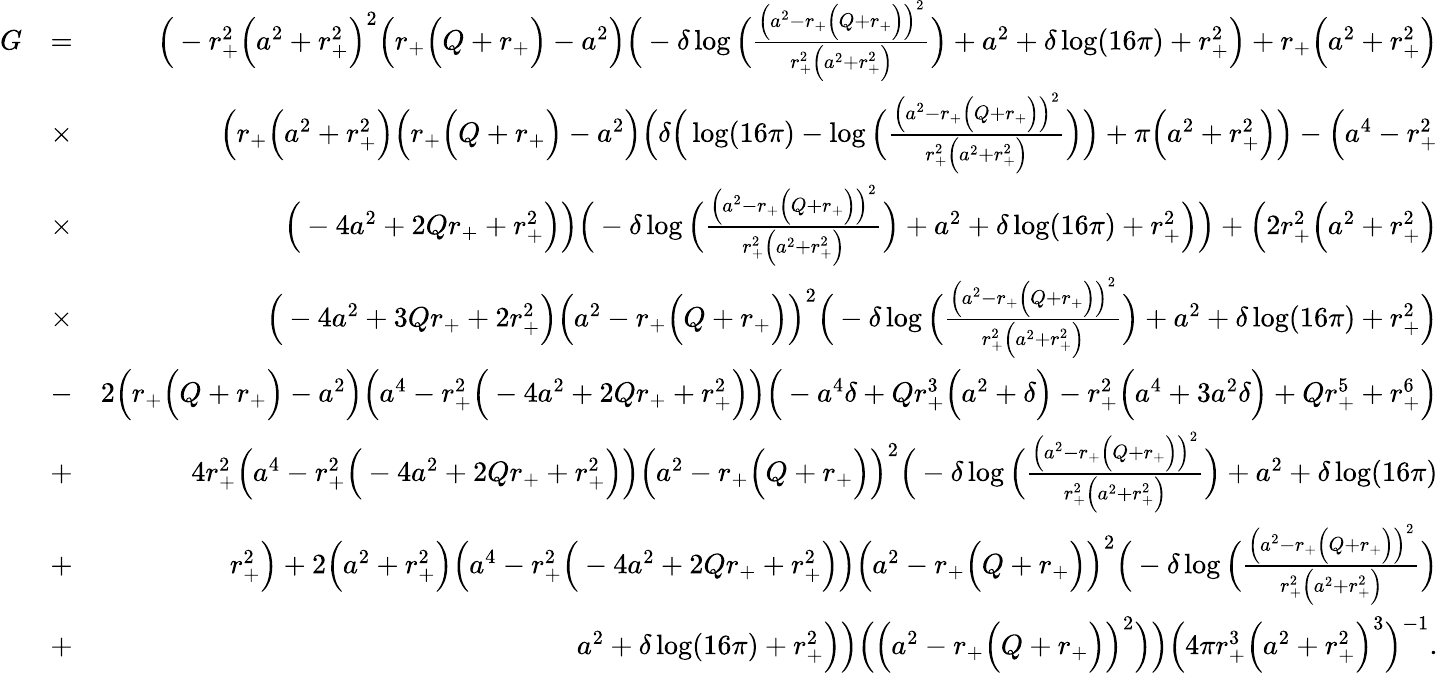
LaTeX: \begin{array}{rlr}{G}&{=}&{\Big(-r_{+}^{2}\Big(a^{2}+r_{+}^{2}\Big)^{2}\Big(r_{+}\Big(Q+r_{+}\Big)-a^{2}\Big)\Big(-\delta\log\Big(\frac{\Big(a^{2}-r_{+}\Big(Q+r_{+}\Big)\Big)^{2}}{r_{+}^{2}\Big(a^{2}+r_{+}^{2}\Big)}\Big)+a^{2}+\delta\log(16\pi)+r_{+}^{2}\Big)+r_{+}\Big(a^{2}+r_{+}^{2}\Big)}\\ &{\times}&{\Big(r_{+}\Big(a^{2}+r_{+}^{2}\Big)\Big(r_{+}\Big(Q+r_{+}\Big)-a^{2}\Big)\Big(\delta\Big(\log(16\pi)-\log\Big(\frac{\Big(a^{2}-r_{+}\Big(Q+r_{+}\Big)\Big)^{2}}{r_{+}^{2}\Big(a^{2}+r_{+}^{2}\Big)}\Big)\Big)+\pi\Big(a^{2}+r_{+}^{2}\Big)\Big)-\Big(a^{4}-r_{+}^{2}}\\ &{\times}&{\Big(-4a^{2}+2Qr_{+}+r_{+}^{2}\Big)\Big)\Big(-\delta\log\Big(\frac{\Big(a^{2}-r_{+}\Big(Q+r_{+}\Big)\Big)^{2}}{r_{+}^{2}\Big(a^{2}+r_{+}^{2}\Big)}\Big)+a^{2}+\delta\log(16\pi)+r_{+}^{2}\Big)\Big)+\Big(2r_{+}^{2}\Big(a^{2}+r_{+}^{2}\Big)}\\ &{\times}&{\Big(-4a^{2}+3Qr_{+}+2r_{+}^{2}\Big)\Big(a^{2}-r_{+}\Big(Q+r_{+}\Big)\Big)^{2}\Big(-\delta\log\Big(\frac{\Big(a^{2}-r_{+}\Big(Q+r_{+}\Big)\Big)^{2}}{r_{+}^{2}\Big(a^{2}+r_{+}^{2}\Big)}\Big)+a^{2}+\delta\log(16\pi)+r_{+}^{2}\Big)}\\ &{-}&{2\Big(r_{+}\Big(Q+r_{+}\Big)-a^{2}\Big)\Big(a^{4}-r_{+}^{2}\Big(-4a^{2}+2Qr_{+}+r_{+}^{2}\Big)\Big)\Big(-a^{4}\delta+Qr_{+}^{3}\Big(a^{2}+\delta\Big)-r_{+}^{2}\Big(a^{4}+3a^{2}\delta\Big)+Qr_{+}^{5}+r_{+}^{6}\Big)}\\ &{+}&{4r_{+}^{2}\Big(a^{4}-r_{+}^{2}\Big(-4a^{2}+2Qr_{+}+r_{+}^{2}\Big)\Big)\Big(a^{2}-r_{+}\Big(Q+r_{+}\Big)\Big)^{2}\Big(-\delta\log\Big(\frac{\Big(a^{2}-r_{+}\Big(Q+r_{+}\Big)\Big)^{2}}{r_{+}^{2}\Big(a^{2}+r_{+}^{2}\Big)}\Big)+a^{2}+\delta\log(16\pi)}\\ &{+}&{r_{+}^{2}\Big)+2\Big(a^{2}+r_{+}^{2}\Big)\Big(a^{4}-r_{+}^{2}\Big(-4a^{2}+2Qr_{+}+r_{+}^{2}\Big)\Big)\Big(a^{2}-r_{+}\Big(Q+r_{+}\Big)\Big)^{2}\Big(-\delta\log\Big(\frac{\Big(a^{2}-r_{+}\Big(Q+r_{+}\Big)\Big)^{2}}{r_{+}^{2}\Big(a^{2}+r_{+}^{2}\Big)}\Big)}\\ &{+}&{a^{2}+\delta\log(16\pi)+r_{+}^{2}\Big)\Big)\Big(\Big(a^{2}-r_{+}\Big(Q+r_{+}\Big)\Big)^{2}\Big)\Big)\Big(4\pi r_{+}^{3}\Big(a^{2}+r_{+}^{2}\Big)^{3}\Big)^{-1}.}\end{array}